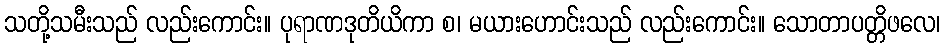
သတို့သမီးသည် လည်းကောင်း။ ပုရာဏဒုတိယိကာ စ၊ မယားဟောင်းသည် လည်းကောင်း။ သောတာပတ္တိဖလေ၊